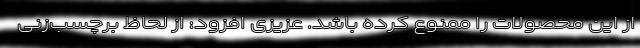
از این محصولات را ممنوع کرده باشد. عزیزی افزود: از لحاظ برچسب‌زنی